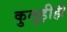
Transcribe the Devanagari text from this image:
कुलुड़ीही